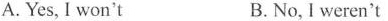
A. Yes, I won't B.No, I weren't